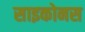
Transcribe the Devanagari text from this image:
साइकोनस